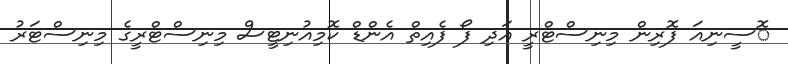
ޮސީނިއަ ފޮރިން މިނިސްޓްރީ އަދި ފޯ ފެއިތް އެންޑް ކޮމިއުނިޓީސް މިނިސްޓްރީގެ މިނިސްޓަރު